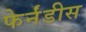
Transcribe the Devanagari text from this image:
फेर्नंडीस